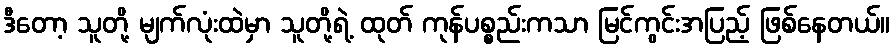
ဒီတော့ သူတို့ မျက်လုံးထဲမှာ သူတို့ရဲ့ ထုတ် ကုန်ပစ္စည်းကသာ မြင်ကွင်းအပြည့် ဖြစ်နေတယ်။